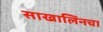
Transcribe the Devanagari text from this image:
साखालिनचा